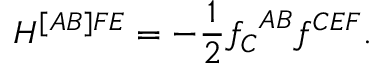
H ^ { [ A B ] F E } = - \frac { 1 } { 2 } { f _ { C } } ^ { A B } f ^ { C E F } .